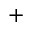
^ { + }